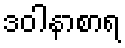
ဒဝါနာစာရ